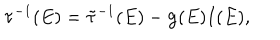
{ \bf \tau } ^ { - 1 } ( E ) = \tilde { \bf \tau } ^ { - 1 } ( E ) - { \bf g } ( E ) I ( E ) ,